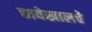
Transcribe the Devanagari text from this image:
छायेखालचे